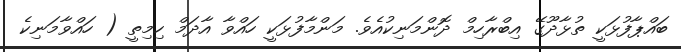
ބައްޕާފުޅަކީ ތުޅާދޫގޭ އިބްރާހިމް ދޮންމަނިކުއެވެ. މަންމާފުޅަކީ ހައްވާ އާދަމް ހިމިތީ ( ހައްވާމަނިކެ